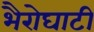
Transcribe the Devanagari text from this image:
भैरोघाटी